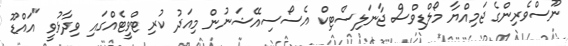
ނޫސްވެރިންގެ ޖަމިއްޔާ މޯލްޑިވްސް ޖާނަލިސްޓިކް އެސޯސިއޭޝަނުން މިއަދު ކުރި ޓްވީޓެއްގައި ވިދާޅުވީ "އައްޑޫ